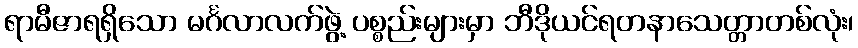
ရာမီဇာရရှိသော မင်္ဂလာလက်ဖွဲ့ ပစ္စည်းများမှာ ဘီဒိုယင်ရတနာသေတ္တာတစ်လုံး၊